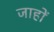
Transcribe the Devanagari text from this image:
जाहों